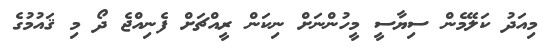
މިއަދު ކަލޭމެން ސިޔާސީ މީހުންނަށް ނިކަން ރީއްޗަށް ފެނިއްޖެ ދޯ މި ޤައުމުގެ